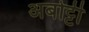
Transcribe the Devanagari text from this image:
अबोट्टी